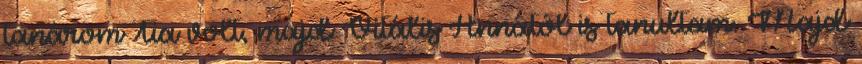
tanárom Tia volt, majd Vitális Annától is tanultam. Majd